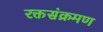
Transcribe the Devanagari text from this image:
रक्तसंक्रमण